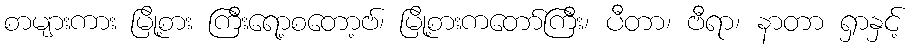
စာများကား မြို့စား ကြီးရော့စတော့ဗ်၊ မြို့စားကတော်ကြီး၊ ပီတာ၊ ဗီရာ၊ နာတာ ရှာနှင့်